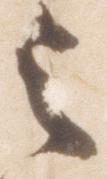
之